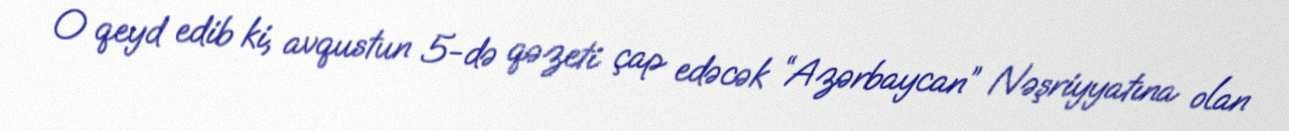
O qeyd edib ki, avqustun 5-də qəzeti çap edəcək “Azərbaycan” Nəşriyyatına olan